Treatise on elephants
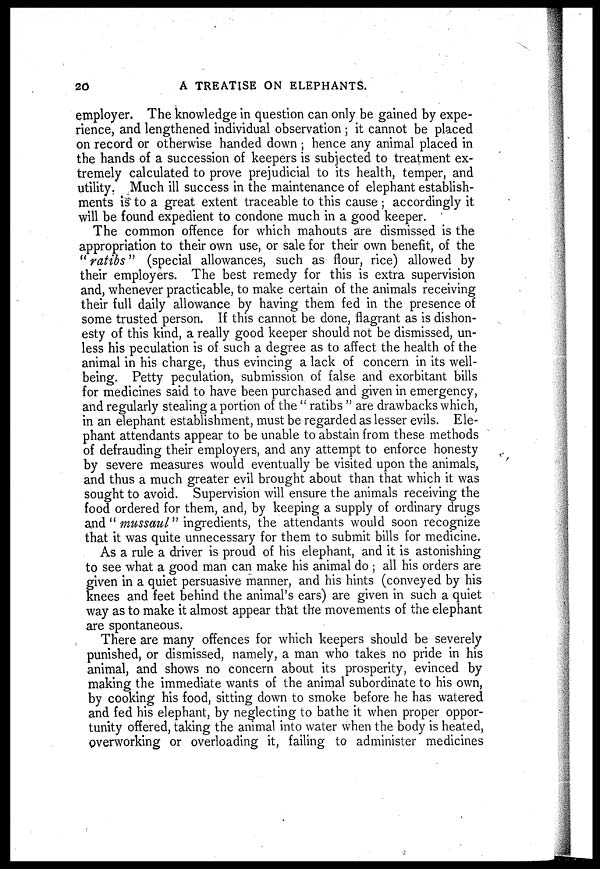
20
A TREATISE ON ELEPHANTS.
employer. The knowledge in question can only be gained by expe-
rience, and lengthened individual observation ; it cannot be placed
on record or otherwise handed down ; hence any animal placed in
the hands of a succession of keepers is subjected to treatment ex-
tremely calculated to prove prejudicial to its health, temper, and
utility. Much ill success in the maintenance of elephant establish-
ments is to a great extent traceable to this cause ; accordingly it
will be found expedient to condone much in a good keeper.
The common offence for which mahouts are dismissed is the
appropriation to their own use, or sale for their own benefit, of the
" ratibs" (special allowances, such as flour, rice) allowed by
their employers. The best remedy for this is extra supervision
and, whenever practicable, to make certain of the animals receiving
their full daily allowance by having them fed in the presence of
some trusted person. If this cannot be done, flagrant as is dishon-
esty of this kind, a really good keeper should not be dismissed, un-
less his peculation is of such a degree as to affect the health of the
animal in his charge, thus evincing a lack of concern in its well-
being. Petty peculation, submission of false and exorbitant bills
for medicines said to have been purchased and given in emergency,
and regularly stealing a portion of the " ratibs " are drawbacks which,
in an elephant establishment, must be regarded as lesser evils. Ele-
phant attendants appear to be unable to abstain from these methods
of defrauding their employers, and any attempt to enforce honesty
by severe measures would eventually be visited upon the animals,
and thus a much greater evil brought about than that which it was
sought to avoid. Supervision will ensure the animals receiving the
food ordered for them, and, by keeping a supply of ordinary drugs
and "mussmil" ingredients, the attendants would soon recognize
that it was quite unnecessary for them to submit bills for medicine.
As a rule a driver is proud of his elephant, and it is astonishing
to see what a good man can make his animal do ; all his orders are
given in a quiet persuasive manner, and his hints (conveyed by his
knees and feet behind the animal's ears) are given in such a quiet
way as to make it almost appear that the movements of the elephant
are spontaneous.
There are many offences for which keepers should be severely
punished, or dismissed, namely, a man who takes no pride in his
animal, and shows no concern about its prosperity, evinced by
making the immediate wants of the animal subordinate to his own,
by cooking his food, sitting down to smoke before he has watered
and fed his elephant, by neglecting to bathe it when proper oppor-
tunity offered, taking the animal into water when the body is heated,
overworking or overloading it, failing to administer medicines